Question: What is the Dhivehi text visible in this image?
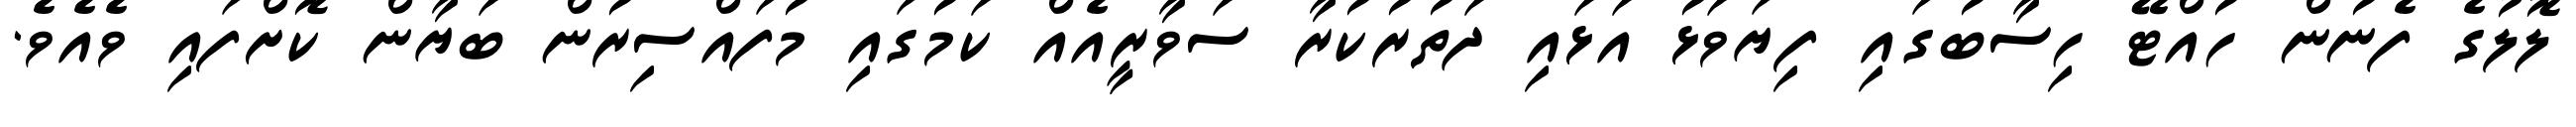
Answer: ލޮލުގެ ފެނުން ހުއްޓޭ ހިސާބުގައި ފިޔަވަޅު އަޅައި ދަތުރުކުރާ ސަވާރީއެއް ކަމުގައި މުފައްސިރުން ބަޔާން ކޮށްފައި ވެއެވެ.